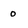
Character: 0